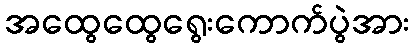
အထွေထွေရွေးကောက်ပွဲအား